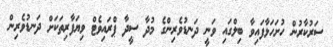
ސަރުކާރުން ހުށަހަޅާފައިވާ ބިލްގައި ވަނީ ދަނޑުވެރިންގެ މުދާ ސީދާ ޕްރައިވެޓް ވިޔަފާރިތަކަށް ދަނޑުވެރިން